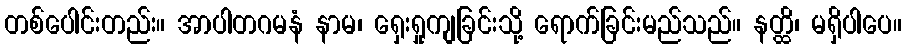
တစ်ပေါင်းတည်း။ အာပါတဂမနံ နာမ၊ ရှေးရှုကျခြင်းသို့ ရောက်ခြင်းမည်သည်။ နတ္ထိ၊ မရှိပါပေ။